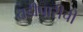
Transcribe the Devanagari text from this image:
तडीपारीची